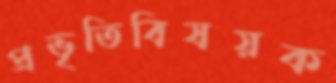
প্রভৃতিবিষয়ক